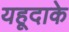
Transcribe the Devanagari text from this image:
यहूदाके